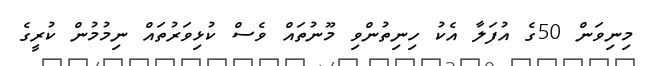
މިނިވަން 50ގެ އުފަލާ އެކު ހިނިތުންވި މޫނުތައް ވެސް ކުޅިވަރުތައް ނިމުމުން ކުރީގެ